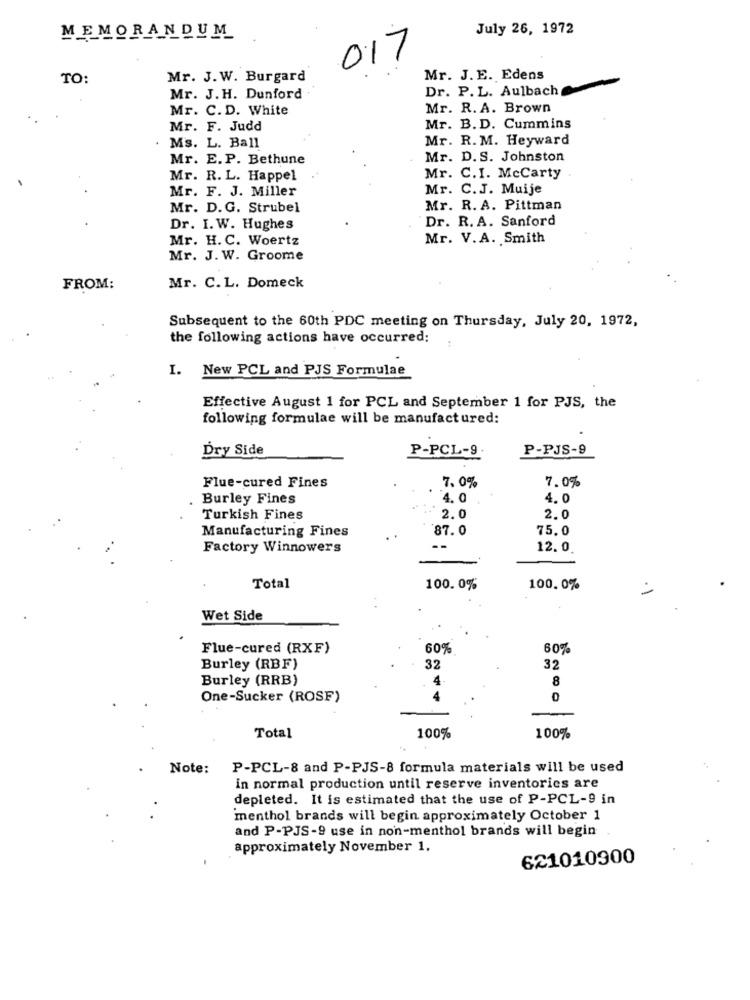
July 26, 1972
MEMORANDUM
017
TO:
Mr. J. W. Burgard
Mr. J. E. Edens
Dr. P. L. Aulbach
Mr. J. H. Dunford
Mr. C. D. White
Mr. R. A. Brown
Mr. F. Judd
Mr. B.D. Cummins
Mr. R. M. Heyward
. Ms. L. Ball
Mr. E. P. Bethune
Mr. D. S. Johnston
Mr. R. L. Happel
. C.I. McCarty
Mr. F. J. Miller
Mr. C. J. Muije
Mr. D.G. Strubel
Mr. R. A. Pittman
Dr. R. A. Sanford
Dr. I. W. Hughes
Mr. H. C. Woertz
Mr. V.A. Smith
Mr. J. W. Groome
FROM:
Mr. C.L. Domeck
Subsequent to the 60th PDC meeting on Thursday, July 20, 1972,
the following actions have occurred:
I. New PCL and PJS Formulae
Effective August 1 for PCL and September 1 for PJS, the
following formulae will be manufactured:
Dry Side
P-PCL-9.
P-PJS-9
7.0%
7.0%
Flue-cured Fines
Burley Fines
4. 0
4.0
Turkish Fines
2.0
2.0
Manufacturing Fines
87.0
75.0
Factory Winnowers
12.0
Total
100.0%
100.0%
Wet Side
Flue-cured (RXF)
60%
60%
Burley (RBF)
32
32
Burley (RRB)
8
One-Sucker (ROSF)
Total
100%
100%
Note:
P-PCL-8 and P-PJS-8 formula materials will be used
in normal production until reserve inventories are
depleted. It is estimated that the use of P-PCL-9 in
menthol brands will begin approximately October 1
and P-PJS-9 use in non-menthol brands will begin
approximately November 1.
621010900